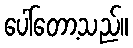
ပေါ်တော့သည်။